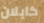
كابلان